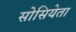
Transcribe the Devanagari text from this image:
सोसियेता